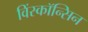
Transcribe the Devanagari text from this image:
विंस्कॉन्सिन